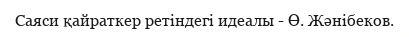
Саяси қайраткер ретіндегі идеалы - Ө. Жәнібеков.